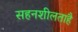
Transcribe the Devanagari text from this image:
सहनशीलताहै